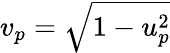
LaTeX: v_{p}=\sqrt{1-u_{p}^{2}}